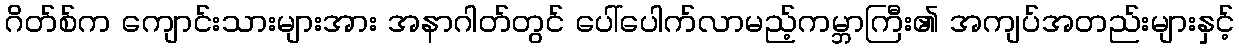
ဂိတ်စ်က ကျောင်းသားများအား အနာဂါတ်တွင် ပေါ်ပေါက်လာမည့်ကမ္ဘာကြီး၏ အကျပ်အတည်းများနှင့်